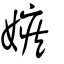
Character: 嫉